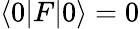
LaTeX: \langle 0|F|0\rangle=0